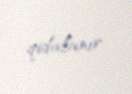
qidalanır.